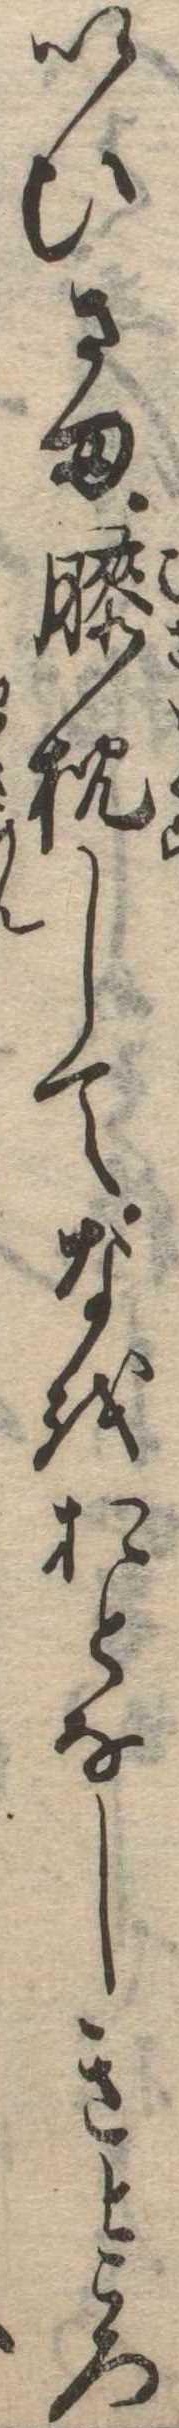
いひさま膝枕してなをおとなしきところ